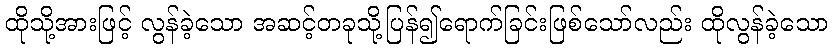
ထိုသို့အားဖြင့် လွန်ခဲ့သော အဆင့်တခုသို့ပြန်၍ရောက်ခြင်းဖြစ်သော်လည်း ထိုလွန်ခဲ့သော